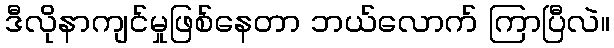
ဒီလိုနာကျင်မှုဖြစ်နေတာ ဘယ်လောက် ကြာပြီလဲ။